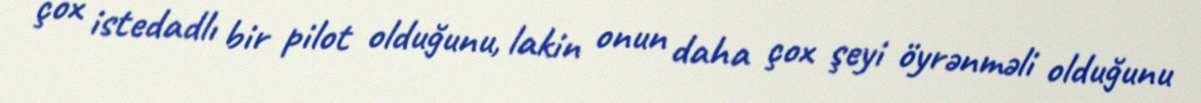
çox istedadlı bir pilot olduğunu, lakin onun daha çox şeyi öyrənməli olduğunu